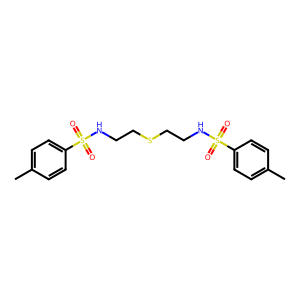
SMILES: Cc1ccc(S(=O)(=O)NCCSCCNS(=O)(=O)c2ccc(C)cc2)cc1
Inhibits HIV replication: No